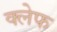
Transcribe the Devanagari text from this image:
क्लेफ